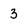
Character: 3